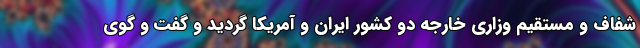
شفاف و مستقیم وزاری خارجه دو کشور ایران و آمریکا گردید و گفت و گوی